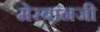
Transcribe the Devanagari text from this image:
मेरबानजी